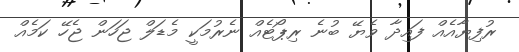
ރުފިޔާއެއް ފައިދާ ވެޔޭ ބުނެ ރިޕޯޓެއް ނެރުމަކީ މެޑަލް ޖަހަން ޖެހޭ ކަމެއް